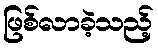
ဖြစ်လာခဲ့သည့်